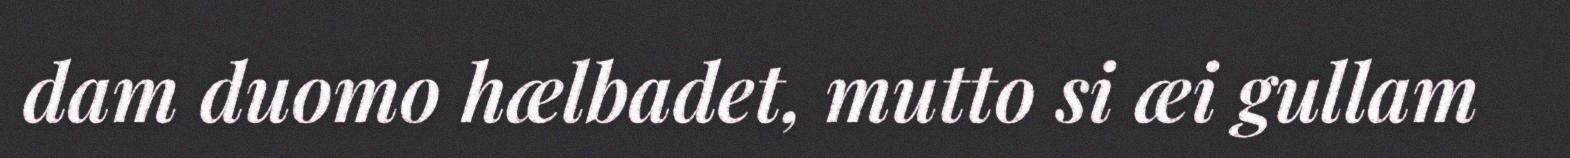
dam duomo hælbadet, mutto si æi gullam